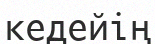
кедейің